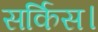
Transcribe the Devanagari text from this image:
सर्किस।